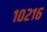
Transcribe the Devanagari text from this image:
१०२१६